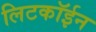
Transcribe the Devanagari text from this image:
लिटकॉईन